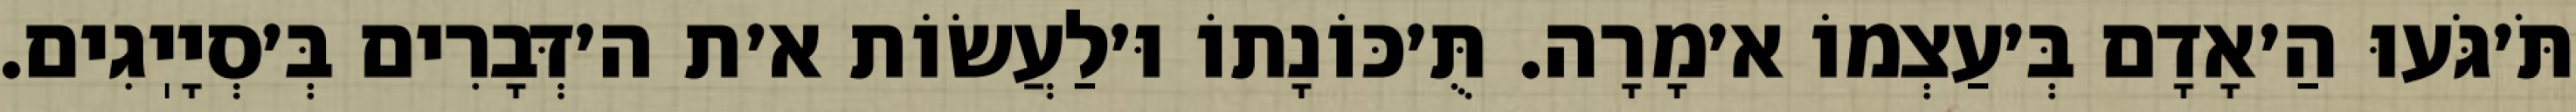
תֹּ׳גֹּעוּ הַ׳אָדָם בְּ׳עַצְמוֹ א׳מָרָה. תֻּ׳כּוֹנָתוֹ וּ׳לַעֲשׂוֹת א׳ת ה׳דְּבָרִים בְּ׳סְיָיֽגִים.